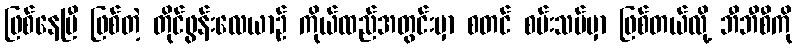
ဖြစ်နေပြီ ဖြစ်တဲ့ တိုင်ဖွန်းလေယာဉ် ကိုယ်ထည်အတွင်းမှာ စတင် စမ်းသပ်မှာ ဖြစ်တယ်လို့ ဘီဘီစီကို